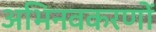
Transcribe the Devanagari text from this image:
अभिनवकरणों